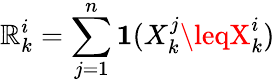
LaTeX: \mathbb{R}_{k}^{i}=\sum_{j=1}^{n}\mathbf{{1}}(X_{k}^{j}\leqX_{k}^{i})